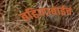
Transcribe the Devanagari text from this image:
बहिणाबाईचं